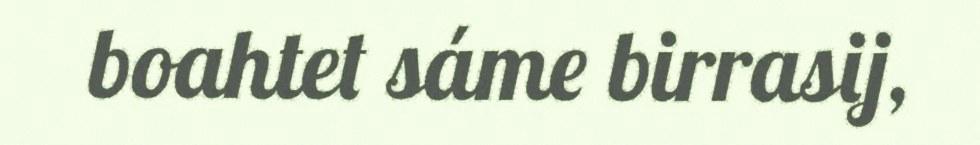
boahtet sáme birrasij,